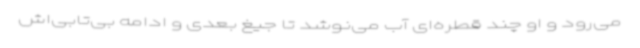
می‌رود و او چند قطره‌ای آب می‌نوشد تا جیغ بعدی و ادامه بی‌تابی‌اش